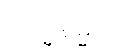
ဗြဟ္မနိမ္မိတာ